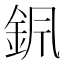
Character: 𨥩